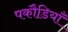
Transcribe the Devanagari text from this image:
पकौडि़याँ